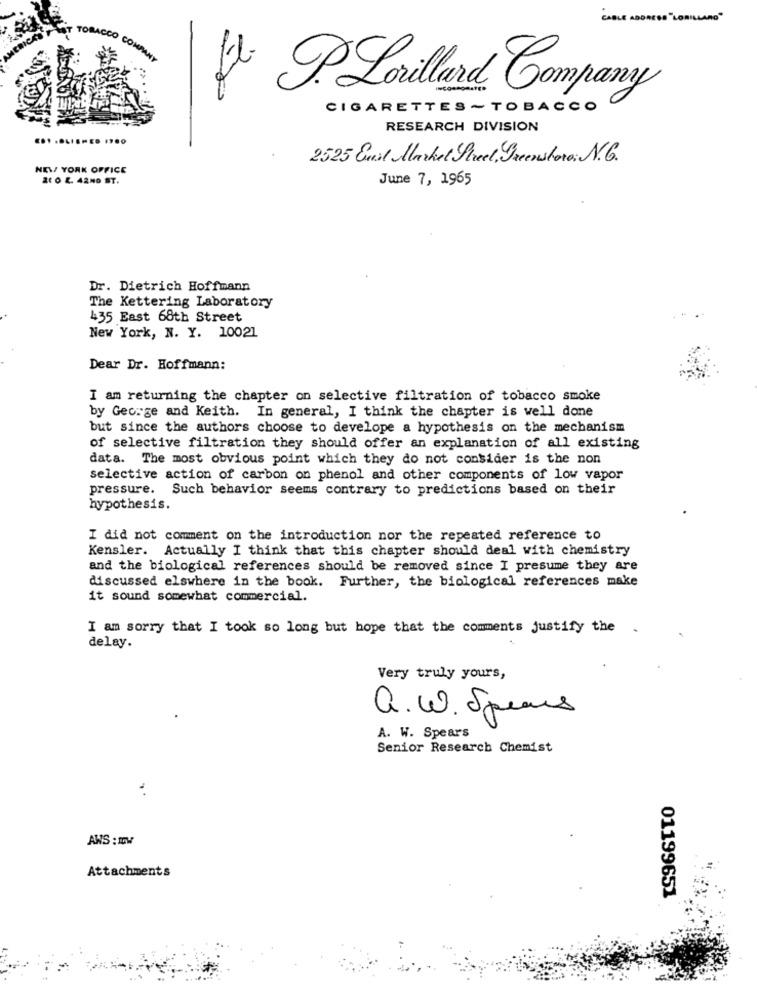
. Lorillard Company
CIGARETTES ~ TOBACCO
RESEARCH DIVISION
2525 Emil Market Street, Greenstore: N.C.
NEW YORK OFFICE
20 0 2. 42ND ST.
June 7, 1965
Dr. Dietrich Hoffmann
The Kettering Laboratory
435 East 68th Street
New York, N. Y. 10021
Dear Dr. Hoffmann:
I am returning the chapter on selective filtration of tobacco smoke
by George and Keith. In general, I think the chapter is well done
but since the authors choose to develope a hypothesis on the mechanism
of selective filtration they should offer an explanation of all existing
data. The most obvious point which they do not consider is the non
selective action of carbon on phenol and other components of low vapor
pressure. Such behavior seems contrary to predictions based on their
hypothesis.
I did not comment on the introduction nor the repeated reference to
Kensler. Actually I think that this chapter should deal with chemistry
and the biological references should be removed since I presume they are
discussed elswhere in the book. Further, the biological references make
it sound somewhat commercial.
I am sorry that I took so long but hope that the comments justify the
delay.
Very truly yours,
a.W. Spears
A. W. Spears
Senior Research Chemist
AWS : IW
Attachments
01199651